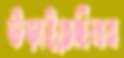
উড়াইতেছিলাম